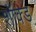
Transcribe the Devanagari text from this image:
शॉक्ड